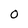
Character: O